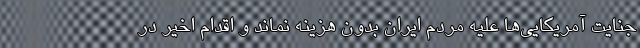
جنایت آمریکایی‌ها علیه مردم ایران بدون هزینه نماند و اقدام اخیر در